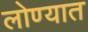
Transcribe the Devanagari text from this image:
लोण्यात